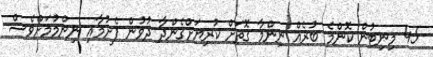
45 މިނިޓުން ކޮންމެ ބުރެއް ނިންމާ ގޮތަށް ކުރިޔަށްގެންދާ ދުވުން ފެށުމާއި ނިންމުމަށްވެސް